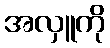
အလှူကို